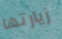
زيارتها